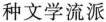
种文学流派